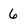
Character: 6